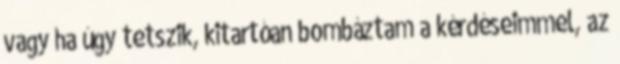
vagy ha úgy tetszik, kitartóan bombáztam a kérdéseimmel, az